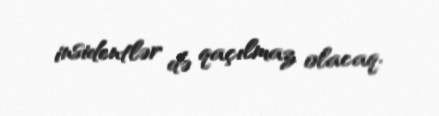
insidentlər də qaçılmaz olacaq.